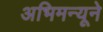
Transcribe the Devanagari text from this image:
अभिमन्यूने